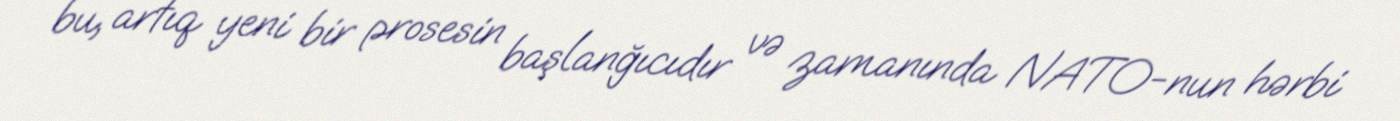
bu, artıq yeni bir prosesin başlanğıcıdır və zamanında NATO-nun hərbi